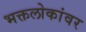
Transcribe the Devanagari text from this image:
भक्तलोकांवर